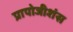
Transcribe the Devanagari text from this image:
प्रापोजीशंस